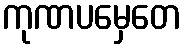
ကုဏပမှေတေ